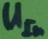
Text: UIn